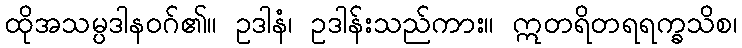
ထိုအသမ္ပဒါနဝဂ်၏။ ဥဒါနံ၊ ဥဒါန်းသည်ကား။ ဣတရိတရရက္ခသိစ၊